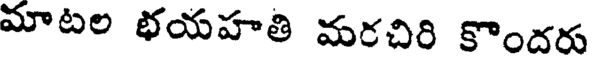
మాటల భయహతి మరచిరి కొందరు